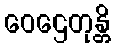
ဝေဌေတုန္တိ